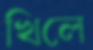
খিলে